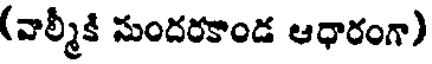
(వాల్మీకి సుందరకాండ ఆధారంగా)